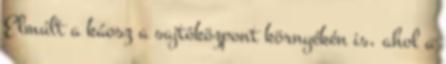
Elmúlt a káosz a sajtóközpont környékén is, ahol a